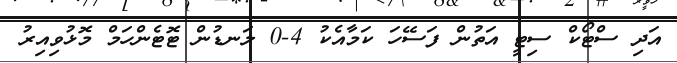
އަދި ސްޓޯކް ސިޓީ އަތުން ފަސޭހަ ކަމާއެކު 4-0 ލަނޑުން ޓޮޓެންހަމް މޮޅުވިއިރު